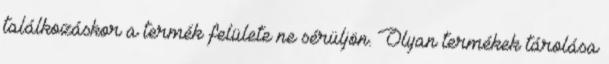
találkozáskor a termék felülete ne sérüljön. Olyan termékek tárolása